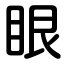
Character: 眼